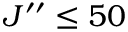
J ^ { \prime \prime } \leq 5 0